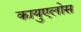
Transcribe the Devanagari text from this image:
कायुएलोस